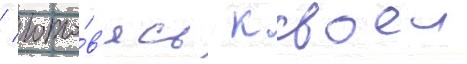
/ гото́в'ясь к своеи